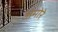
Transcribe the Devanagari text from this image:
अमोरे